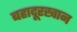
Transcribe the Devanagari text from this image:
बहादूरखान